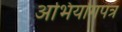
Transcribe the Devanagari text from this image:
अभियोगपत्र